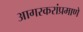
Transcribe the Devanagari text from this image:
आगरकरांप्रमाणे